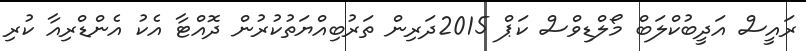
ރައީސް އަދީބުކްލަބް މޯލްޑިވްސް ކަޕް 2015ދަރިން ތަރުބިއްޔަތުކުރުން ދޮއްޓާ އެކު އެންޑްރިއާ ކުރި